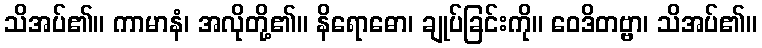
သိအပ်၏။ ကာမာနံ၊ အလိုတို့၏။ နိရောဓော၊ ချုပ်ခြင်းကို။ ဝေဒိတဗ္ဗာ၊ သိအပ်၏။